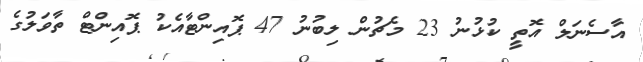
އާސެނަލް އޮތީ ކުޅުނު 23 މެޗުން ލިބުނު 47 ޕޮއިންޓާއެކު ޕޮއިންޓް ތާވަލުގެ